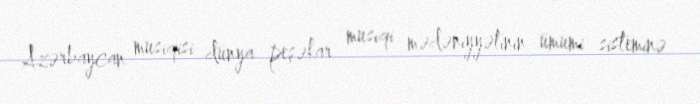
Azərbaycan musiqisi dünya peşəkar musiqi mədəniyyətinin ümumi sisteminə